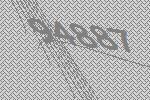
94887